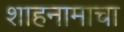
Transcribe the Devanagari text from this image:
शाहनामाचा